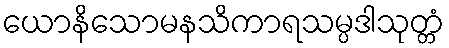
ယောနိသောမနသိကာရသမ္ပဒါသုတ္တံ